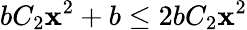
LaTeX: bC_{2}\mathbf{x}^{2}+b\leq2bC_{2}\mathbf{x}^{2}